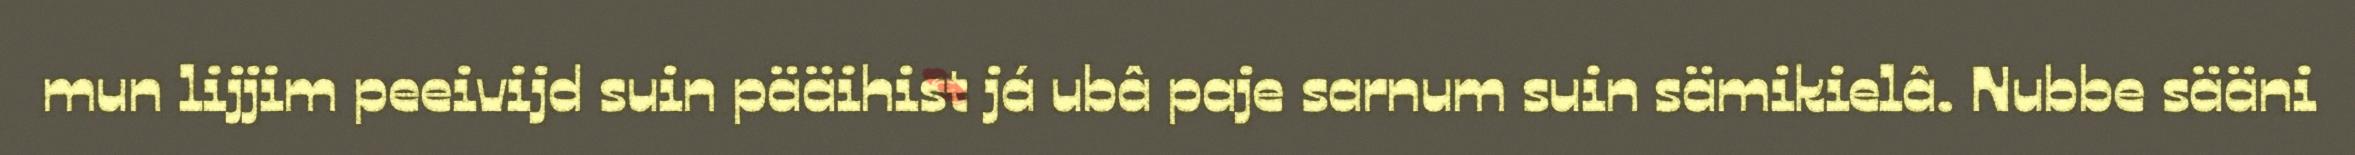
mun lijjim peeivijd suin pääihist já ubâ paje sarnum suin sämikielâ. Nubbe sääni